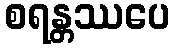
စရန္တဿပေ